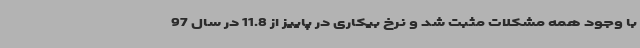
با وجود همه مشکلات مثبت شد و نرخ بیکاری در پاییز از 11.8 در سال 97